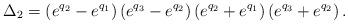
LaTeX: \begin{align*}\Delta_2=\left( {{e}^{q_2}}-{{e}^{q_1}}\right) \left( {{e}^{q_3}}-{{e}^{q_2}}\right) \left( {{e}^{q_2}}+{{e}^{q_1}}\right) \left( {{e}^{q_3}}+{{e}^{q_2}}\right).\end{align*}